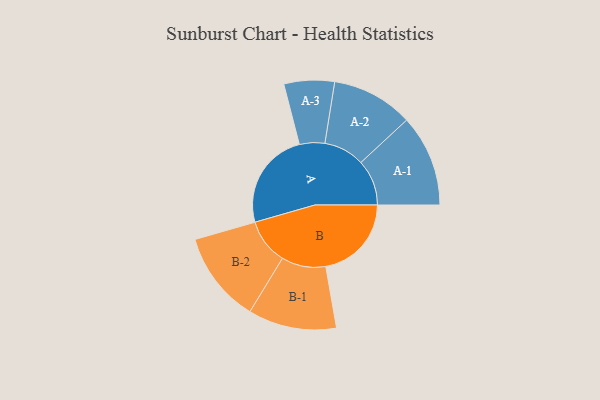
{"axis": {"x": "Segment", "y": "Value"}, "legend": ["", "A", "B"], "data": [{"x": "A", "y": 423, "type": ""}, {"x": "B", "y": 370, "type": ""}, {"x": "A-1", "y": 198, "type": "A"}, {"x": "A-2", "y": 176, "type": "A"}, {"x": "A-3", "y": 109, "type": "A"}, {"x": "B-1", "y": 191, "type": "B"}, {"x": "B-2", "y": 197, "type": "B"}]}